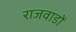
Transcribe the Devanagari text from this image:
राजवाडों